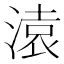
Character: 溒